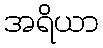
အရိယာ